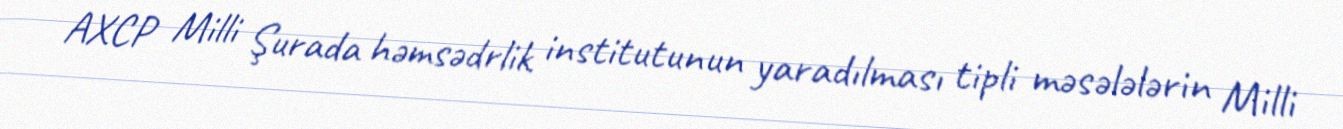
AXCP Milli Şurada həmsədrlik institutunun yaradılması tipli məsələlərin Milli